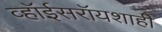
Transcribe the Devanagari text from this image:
व्हॉईसरॉयशाही